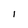
Character: I